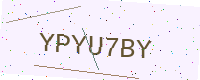
Text: YPYU7BY